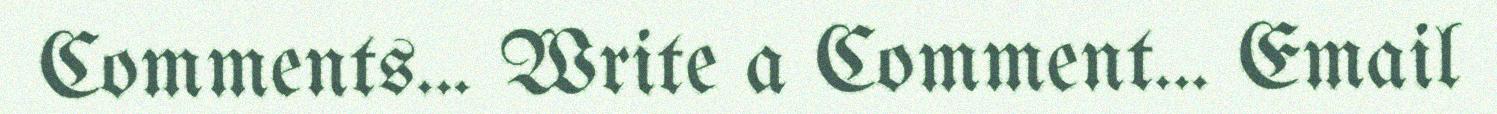
Comments... Write a Comment... Email